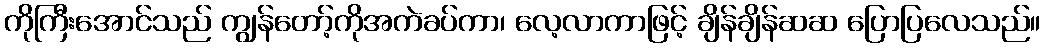
ကိုကြီးအောင်သည် ကျွန်တော့်ကိုအကဲခပ်ကာ၊ လေ့လာကာဖြင့် ချိန်ချိန်ဆဆ ပြောပြလေသည်။